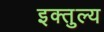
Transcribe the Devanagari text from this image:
इक्तुल्य